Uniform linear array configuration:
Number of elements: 12
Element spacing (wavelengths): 0.5
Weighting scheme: binomial
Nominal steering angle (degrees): -45
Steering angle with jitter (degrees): -45.482
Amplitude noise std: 0.05
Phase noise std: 0.05

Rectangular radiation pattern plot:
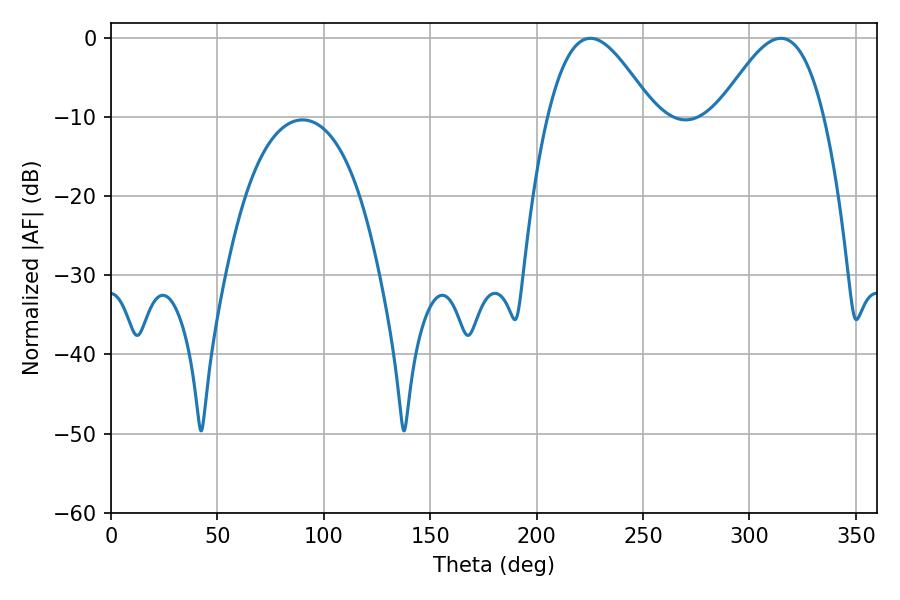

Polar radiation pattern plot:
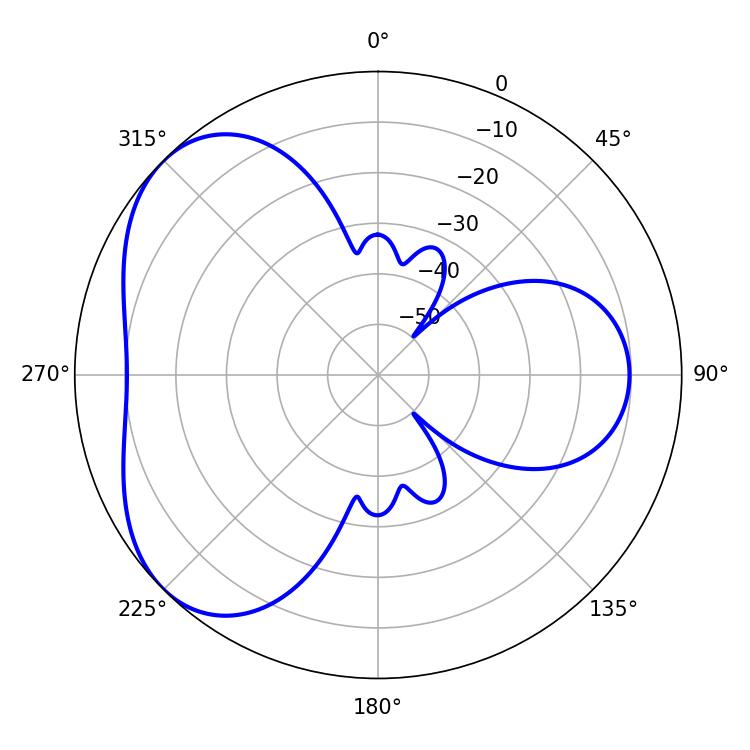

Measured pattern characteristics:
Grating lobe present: FALSE
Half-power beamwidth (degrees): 26.82
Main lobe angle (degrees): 314.82